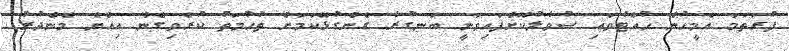
ފުރަތަމަ އެމީހުން ހުއްޓުވައި ސުވާލުކޮށްފައިވަނީ ބަނގުރާ ގެންގުޅޭކަމަށް ތުހުމަތު ކުރެވިގެން އިއްޔެ މެންދުރު